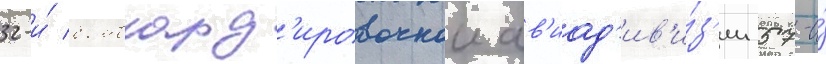
32-и́ бомбард'ировочнои ав'иад'ив'и́з'ии 57-и́